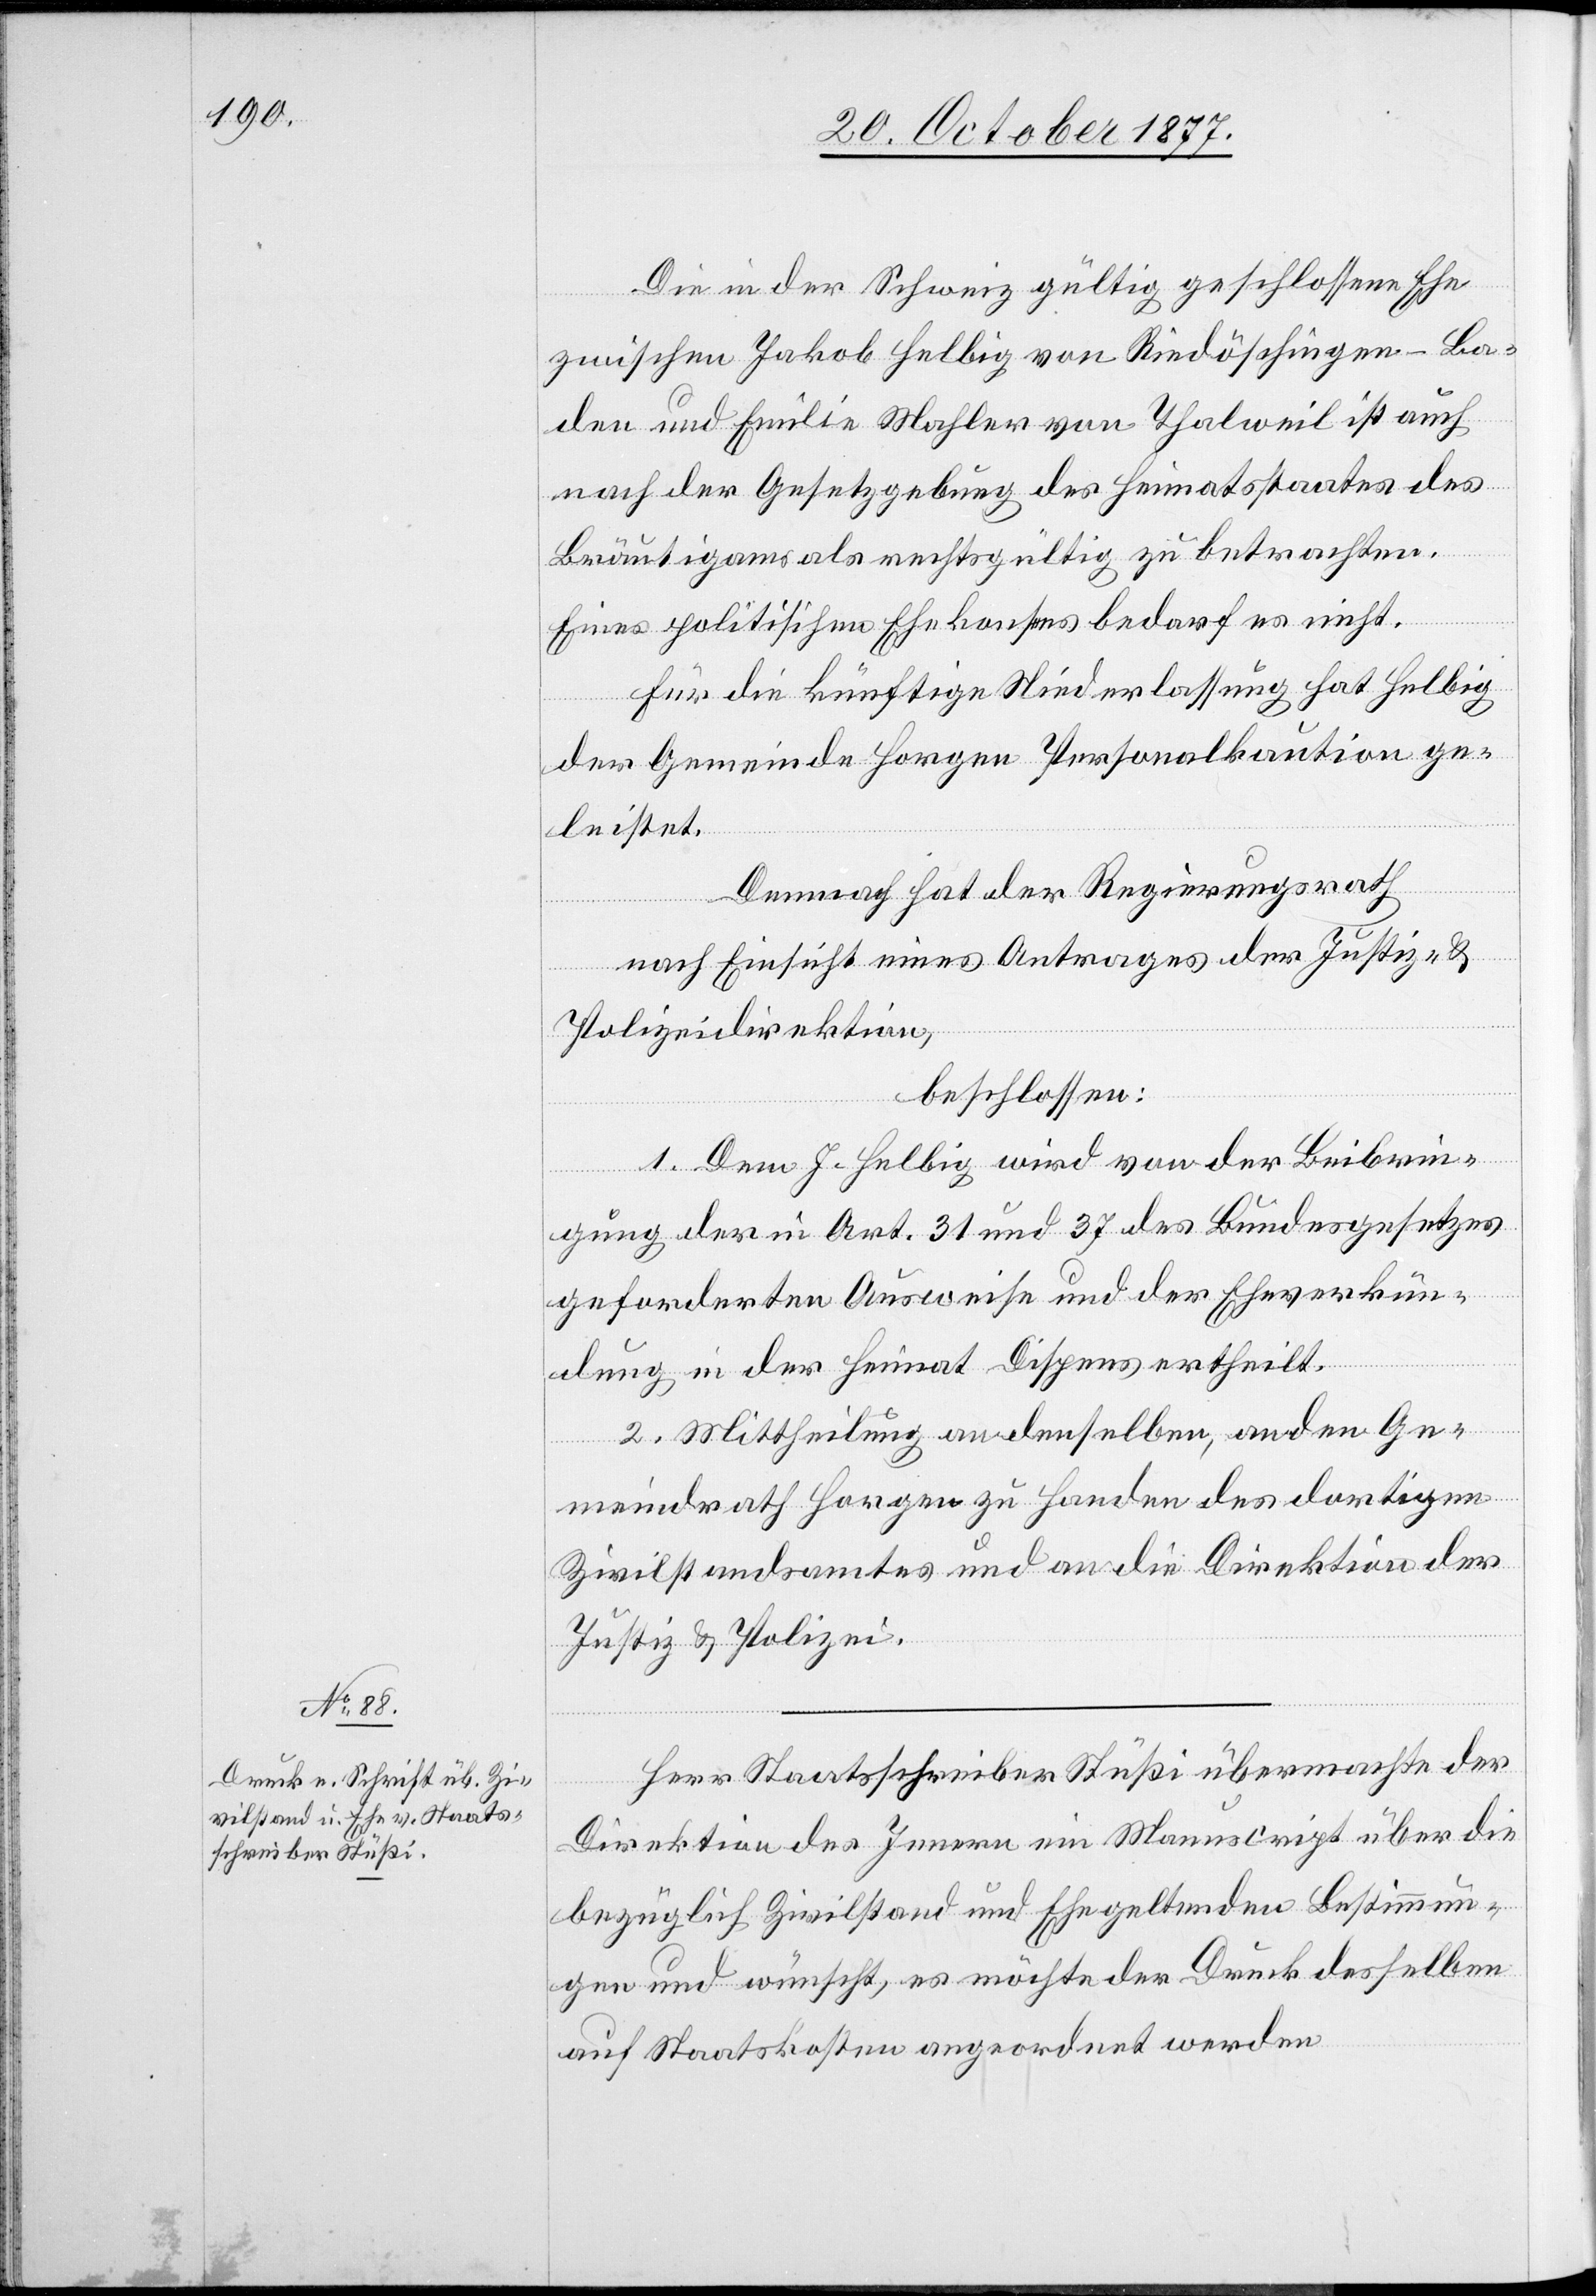
Die in der Schweiz gültig geschlossene Ehe
zwischen Jakob Helbig von Riedöschingen - Ba¬
den und Emilie Mahler von Thalweil ist auch
nach der Gesetzgebung des Heimatsstaates des
Bräutigams als rechtsgültig zu betrachten.
Eines politischen Ehekonsens bedarf es nicht.
Für die künftige Niederlassung hat Helbig
der Gemeinde Horgen Personalkaution ge¬
leistet.
Demnach hat der Regierungsrath
nach Einsicht eines Antrages der Justiz- &
Polizeidirektion,
beschlossen:
1. Dem J. Helbig wird von der Beibrin¬
gung der in Art. 31 und 37 des Bundesgesetzes
geforderten Ausweise und der Eheverkün¬
dung in der Heimat Dispens ertheilt.
2. Mittheilung an denselben, an den Ge¬
meindrath Horgen zu Handen des dortigen
Zivilstandsamtes und an die Direktion der
Justiz & Polizei.
Herr Staatsschreiber Stüßi übermachte der
Direktion des Innern ein Manuscript über die
bezüglich Zivilstand und Ehe geltenden Bestimmun¬
gen und wünscht, es möchte der Druck desselben
auf Staatskosten angeordnet werden